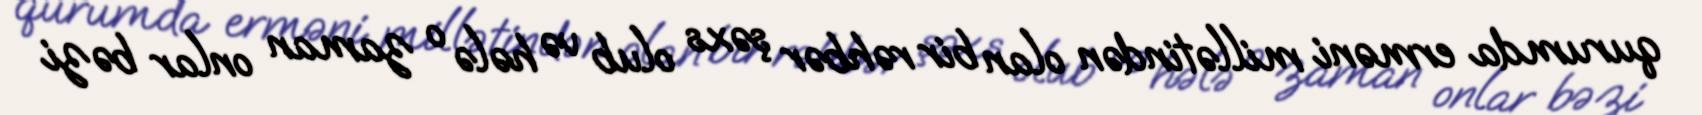
qurumda erməni millətindən olan bir rəhbər şəxs olub və hələ o zaman onlar bəzi